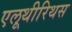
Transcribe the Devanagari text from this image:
एलूथीरिथस